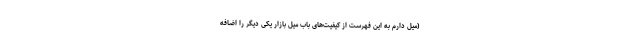
(میل دارم به این فهرست از کیفیت‌های باب میل بازار یکی دیگر را اضافه